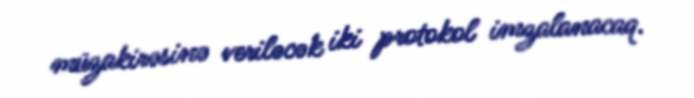
müzakirəsinə veriləcək iki protokol imzalanacaq.